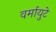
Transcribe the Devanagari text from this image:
वर्मायुटे